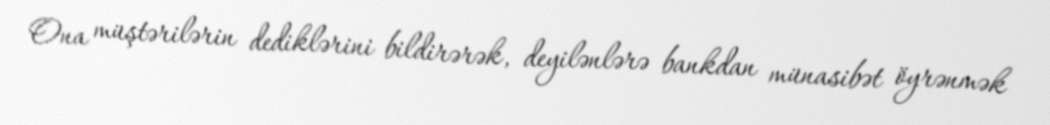
Ona müştərilərin dediklərini bildirərək, deyilənlərə bankdan münasibət öyrənmək